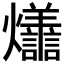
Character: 𭶩